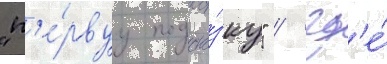
"п'е́рвуу подска́зку" / гд'е́